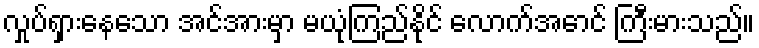
လှုပ်ရှားနေသော အင်အားမှာ မယုံကြည်နိုင် လောက်အောင် ကြီးမားသည်။